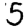
Digit: 5